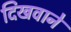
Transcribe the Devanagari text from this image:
दिखवाने